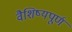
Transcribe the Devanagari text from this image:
वैशिष्यपूर्ण